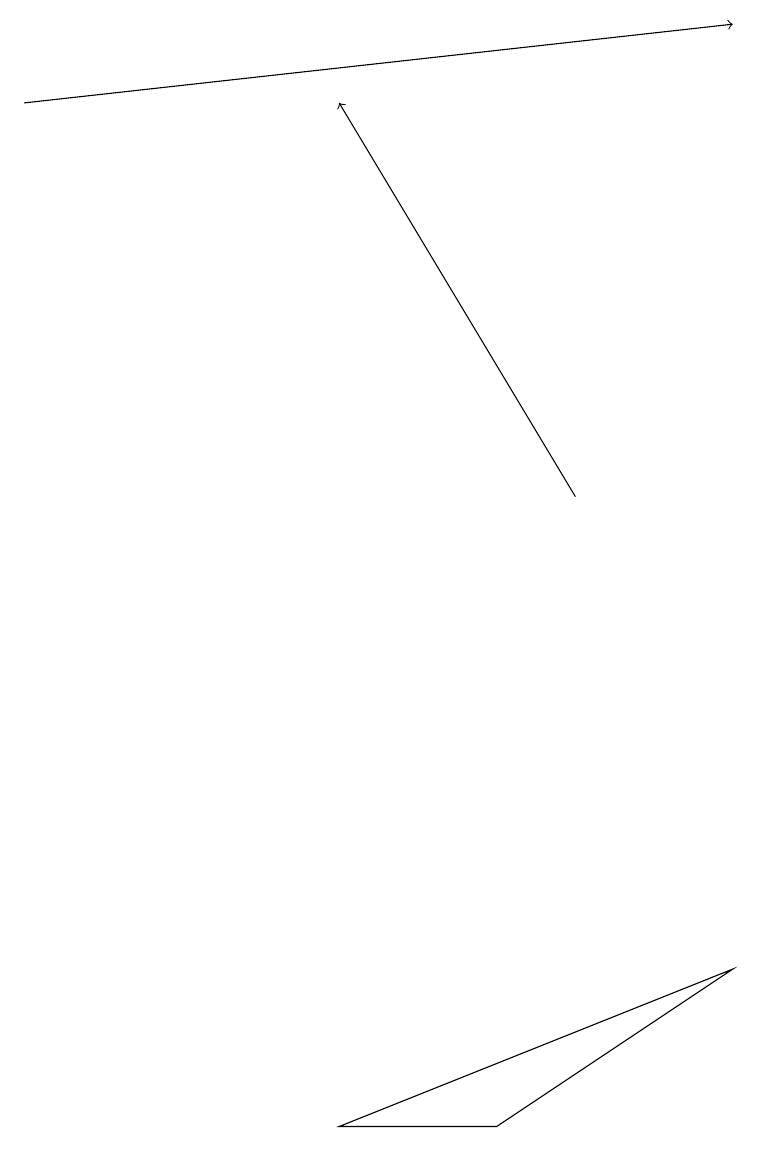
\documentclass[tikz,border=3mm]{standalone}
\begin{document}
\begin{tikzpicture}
\draw[->] (0,17) -- (9,18);
\draw (6,4) -- (9,6) -- (4,4) -- cycle;
\draw[->] (7,12) -- (4,17);
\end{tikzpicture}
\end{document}